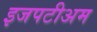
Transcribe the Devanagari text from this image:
इजपटीअम